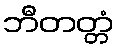
ဘီတတ္တံ